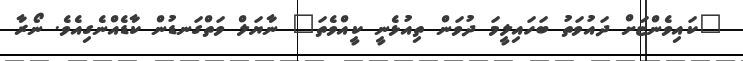
"ކައިވެންޏަށް ދައުވަތު ބަހައިލީމަ ދުވަން ތިއުޅެނީ ކީއްވެތަ" ނާޔަލް ވަތްގަނޑުން ކާޑެއްނެގިއެވެ. ނޯރާ